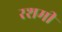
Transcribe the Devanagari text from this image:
रशमी